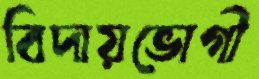
বিদায়ভোগী